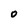
Character: o